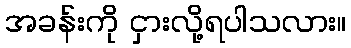
အခန်းကို ငှားလို့ရပါသလား။